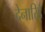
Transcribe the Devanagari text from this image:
देनारिई